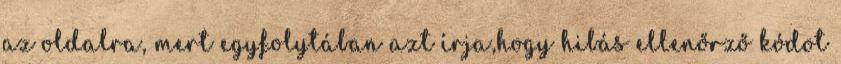
az oldalra, mert egyfolytában azt írja,hogy hibás ellenőrző kódot